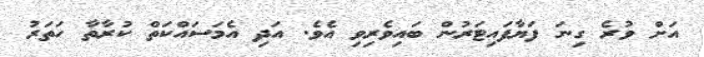
އަށް ވުރެ ގިނަ ފަޔާފައިޓަރުން ބައިވެރިވި އެވެ. އަދި އެމަސައްކަތް ކުރާތާ ހަތަރު